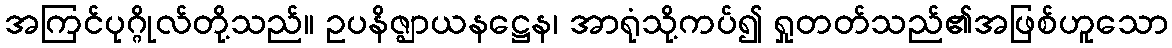
အကြင်ပုဂ္ဂိုလ်တို့သည်။ ဥပနိဇ္ဈာယနဋ္ဌေန၊ အာရုံသို့ကပ်၍ ရှုတတ်သည်၏အဖြစ်ဟူသော